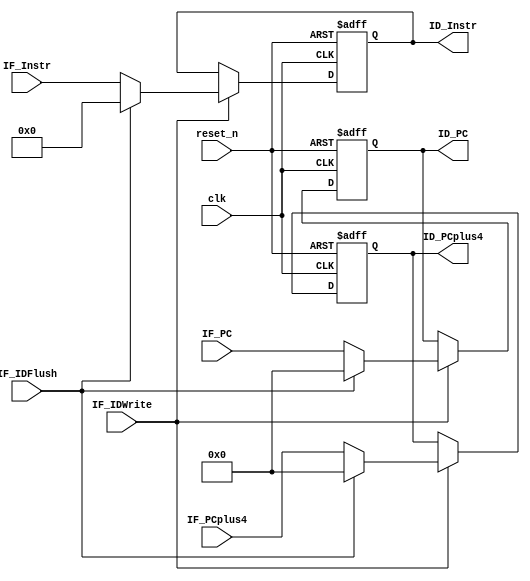
`timescale 1ns / 1ps
//////////////////////////////////////////////////////////////////////////////////
// Company: 
// Engineer: 
// 
// Design Name: 
// Module Name: IF_ID
// Project Name: 
// Target Devices: 
// Tool Versions: 
// Description: 
// 
// Dependencies: 
// 
// Revision:
// Revision 0.01 - File Created
// Additional Comments:
// 
//////////////////////////////////////////////////////////////////////////////////


module IF_ID(
    input clk, 
    input reset_n,
    input IF_IDWrite,
    input IF_IDFlush,
    input       [19:0] IF_PC,
    input		[19:0] IF_PCplus4,
    input       [31:0] IF_Instr,
    output reg  [19:0] ID_PC,
    output reg 	[19:0] ID_PCplus4,
    output reg [31:0] ID_Instr
    );
    
    always @ (posedge clk or negedge reset_n) begin
        if (!reset_n) begin
            ID_PC <= 0;
            ID_PCplus4 <= 0;
            ID_Instr <= 0;
        end
        else begin
            if (IF_IDWrite) begin
            	if (IF_IDFlush) begin
            		ID_PC <= 0;
            		ID_Instr <= 0;
            		ID_PCplus4 <= 0;
        		end
        		else begin
            		ID_PC <= IF_PC;
            		ID_Instr <= IF_Instr;	
            		ID_PCplus4 <= IF_PCplus4;	
        		end
        	end
        	else begin
            	ID_PC <= ID_PC;
            	ID_PCplus4 <= ID_PCplus4;
            	ID_Instr <= ID_Instr;
        	end
        end
    end
    
endmodule